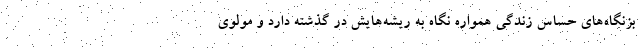
بزنگاه‌های حساس زندگی همواره نگاه به ریشه‌هایش در گذشته دارد و مولوی